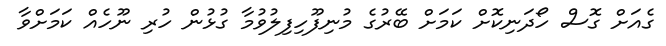
ގެއަށް ގޮސް ހޯދަނިކޮށް ކަަމަށް ބޭރުގެ މުނިފޫހިފިލުވުމާ ގުޅުން ހުރި ނޫހެއް ކަމަށްވާ